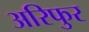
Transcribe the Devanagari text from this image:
अरिफुर